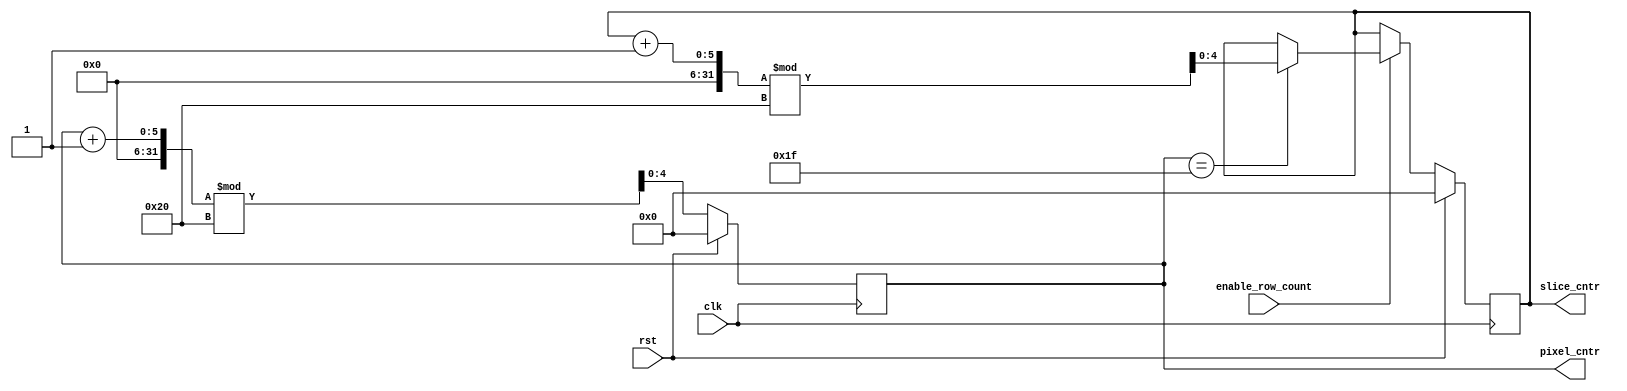
module counter
#(
    parameter   WIDTH   = 32,
    parameter   HEIGHT  = 32

)
(
  input   wire                            clk,
  input   wire                            rst,
  input   wire			    enable_row_count,
  output  reg     [($clog2(WIDTH)?$clog2(WIDTH):1)-1:0]     pixel_cntr,
  output  reg     [($clog2(HEIGHT)?$clog2(HEIGHT):1)-1:0]    slice_cntr

);

// Insert your RTL here
always @(posedge clk) begin
      if(rst) begin
        pixel_cntr <= 0;
        slice_cntr <= 0;
      end
      else begin
        pixel_cntr <= ( pixel_cntr + 1) % WIDTH;
        if(enable_row_count) begin
          if(pixel_cntr == WIDTH -1) begin
            slice_cntr <= (slice_cntr + 1) % HEIGHT;
          end
        end
      end
end

endmodule